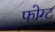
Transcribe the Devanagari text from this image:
फोग्ट